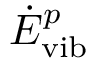
\dot { E } _ { \mathrm { v i b } } ^ { p }